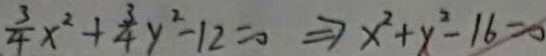
\frac { 3 } { 4 } x ^ { 2 } + \frac { 3 } { 4 } y ^ { 2 } - 1 2 = 0 \Rightarrow x ^ { 2 } + y ^ { 2 } - 1 6 = 0